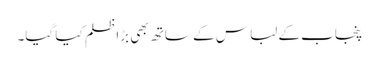
پنجاب کے لباس کے ساتھ بھی بڑا ظلم کیا گیا۔